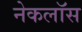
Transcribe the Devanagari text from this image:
नेकलॉस